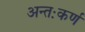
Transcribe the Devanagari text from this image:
अन्तःकर्ण